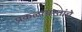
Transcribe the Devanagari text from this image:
प्रकल्पग्रस्तांचे